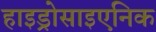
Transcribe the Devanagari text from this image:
हाइड्रोसाइएनिक